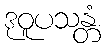
ဒုဝူပသန္တံ